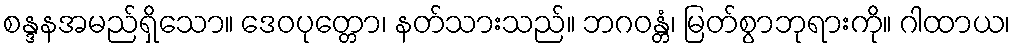
စန္ဒနအမည်ရှိသော။ ဒေဝပုတ္တော၊ နတ်သားသည်။ ဘဂဝန္တံ၊ မြတ်စွာဘုရားကို။ ဂါထာယ၊